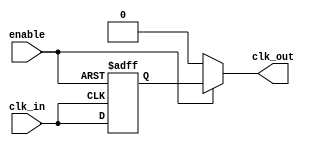
module low_power_clock_buffer (
    input wire clk_in,         // Input clock signal
    input wire enable,         // Enable signal for the buffer
    output wire clk_out        // Output clock signal
);

    // Parameters for adjustable drive strength
    parameter DRIVE_STRENGTH = 1; // 0: Low, 1: Medium, 2: High

    // Internal signals
    wire clk_clean;            // Cleaned clock signal
    wire clk_buffered;         // Buffered clock signal

    // Input Stage: Simple Schmitt Trigger-like behavior
    reg clk_dly;
    always @(posedge clk_in or negedge enable) begin
        if (!enable)
            clk_dly <= 1'b0; // Reset the delayed clock when disabled
        else
            clk_dly <= clk_in; // Capture the clock signal
    end

    // Buffering Stage: Multiple inverters for buffering
    generate
        if (DRIVE_STRENGTH == 0) begin
            // Low drive strength
            assign clk_clean = clk_dly;
            assign clk_buffered = clk_clean;
        end else if (DRIVE_STRENGTH == 1) begin
            // Medium drive strength
            assign clk_clean = clk_dly;
            assign clk_buffered = clk_clean; // Add more inverters if needed
        end else begin
            // High drive strength
            assign clk_clean = clk_dly;
            assign clk_buffered = clk_clean; // Add more inverters if needed
        end
    endgenerate

    // Output Stage: Drive the output clock signal
    assign clk_out = enable ? clk_buffered : 1'b0; // Output is 0 when disabled

endmodule